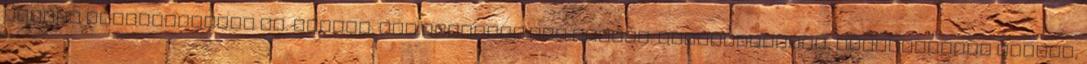
egyben térelválasztó is. Forrás: www.teracrea.com Címkék: helytakarékos, kombinálható elemek,